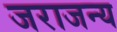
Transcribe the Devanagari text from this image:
जराजन्य